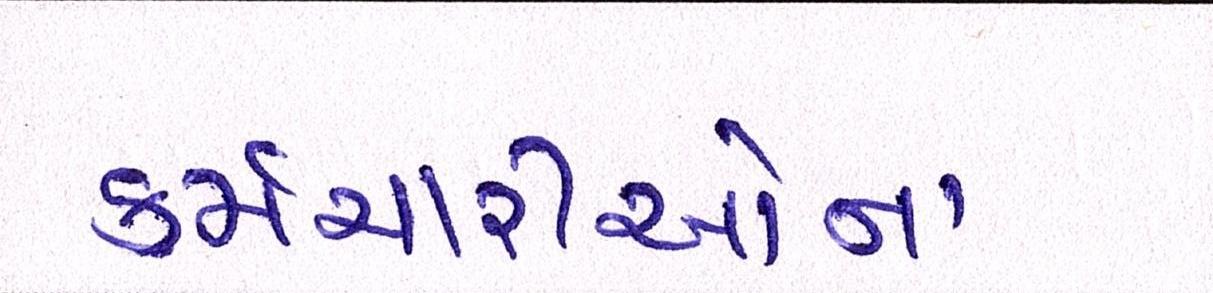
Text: કર્મચારીઓના